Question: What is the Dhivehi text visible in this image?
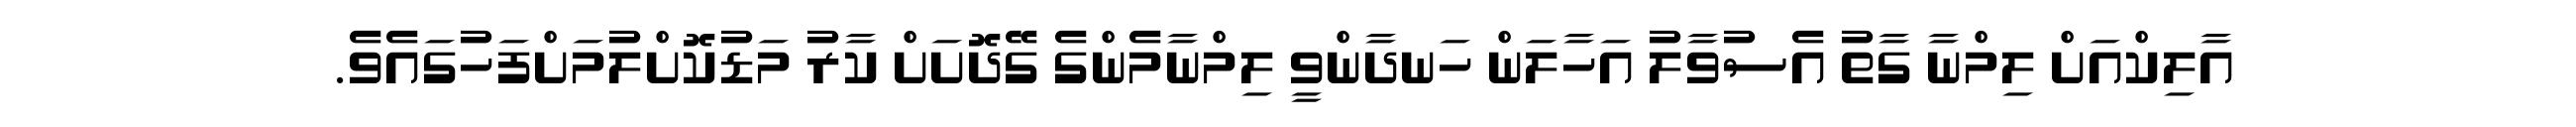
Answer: އާލިކްއަށް ލިމްނާ ގާތު އެސުވާލު އަހާލަން ހަނދާންވީ ލިމްނާމެންގެ ގޭދޮށަށް ކާރު މަޑުކޮށްލުމަށްފަހުގައެވެ.